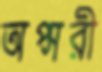
অপ্সরী